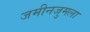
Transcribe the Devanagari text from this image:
जमीनजुमला